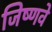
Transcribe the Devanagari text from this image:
जिष्णवे